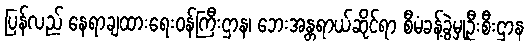
ပြန်လည် နေရာချထားရေးဝန်ကြီးဌာန၊ ဘေးအန္တရာယ်ဆိုင်ရာ စီမံခန့်ခွဲမှုဦးစီးဌာန